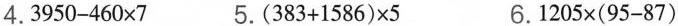
4.$$3 9 5 0 - 4 6 0 \times 7$$ 5.$$( 3 8 3 + 1 5 8 6 ) \times 5$$ 6.$$1 2 0 5 \times ( 9 5 - 8 7 )$$